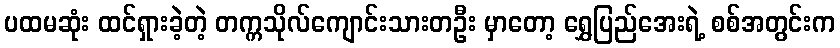
ပထမဆုံး ထင်ရှားခဲ့တဲ့ တက္ကသိုလ်ကျောင်းသားတဦး မှာတော့ ရွှေပြည်အေးရဲ့ စစ်အတွင်းက